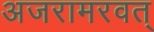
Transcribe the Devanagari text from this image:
अजरामरवत्